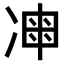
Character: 𠗩